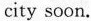
city soon.